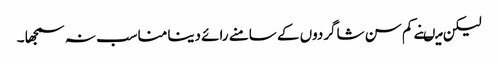
لیکن میںنے کم سن شاگردوں کے سامنے رائے دینا مناسب نہ سمجھا ۔